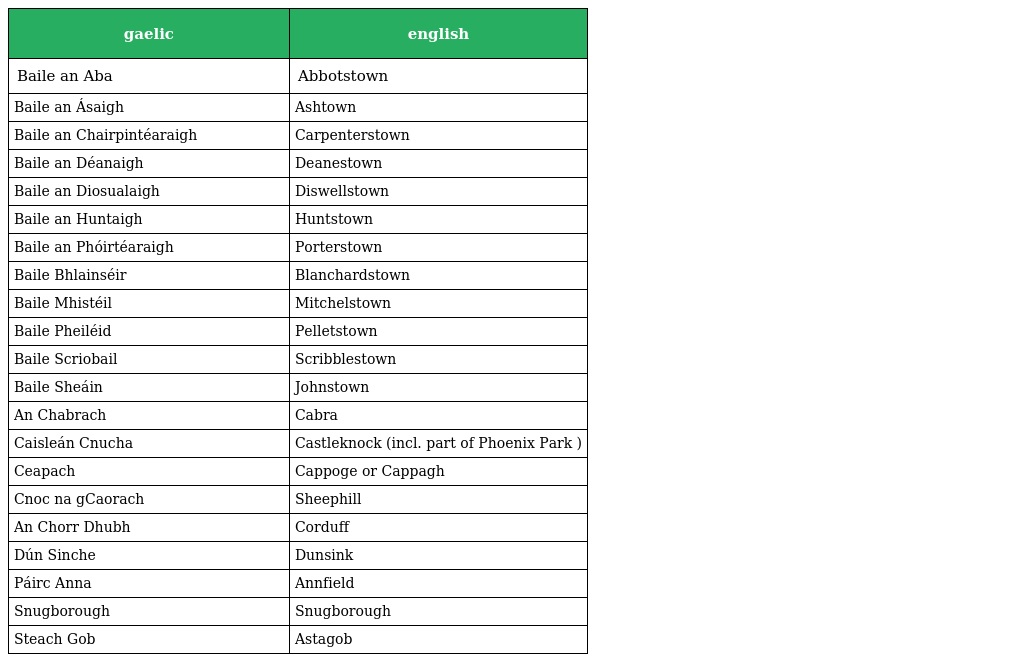
| gaelic | english |
 | --- | --- |
 | Baile an Aba | Abbotstown |
 | Baile an Ásaigh | Ashtown |
 | Baile an Chairpintéaraigh | Carpenterstown |
 | Baile an Déanaigh | Deanestown |
 | Baile an Diosualaigh | Diswellstown |
 | Baile an Huntaigh | Huntstown |
 | Baile an Phóirtéaraigh | Porterstown |
 | Baile Bhlainséir | Blanchardstown |
 | Baile Mhistéil | Mitchelstown |
 | Baile Pheiléid | Pelletstown |
 | Baile Scriobail | Scribblestown |
 | Baile Sheáin | Johnstown |
 | An Chabrach | Cabra |
 | Caisleán Cnucha | Castleknock (incl. part of Phoenix Park ) |
 | Ceapach | Cappoge or Cappagh |
 | Cnoc na gCaorach | Sheephill |
 | An Chorr Dhubh | Corduff |
 | Dún Sinche | Dunsink |
 | Páirc Anna | Annfield |
 | Snugborough | Snugborough |
 | Steach Gob | Astagob |